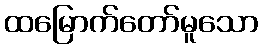
ထမြောက်တော်မူသော